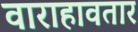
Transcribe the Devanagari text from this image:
वाराहावतार